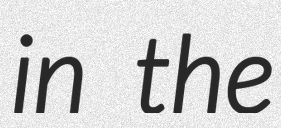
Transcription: in the